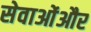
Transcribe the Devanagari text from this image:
सेवाओंऔर